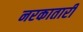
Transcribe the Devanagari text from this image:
नरकातारी